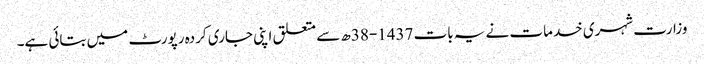
وزارت شہری خدمات نے یہ بات 1437-38ھ سے متعلق اپنی جاری کردہ رپورٹ میں بتائی ہے۔